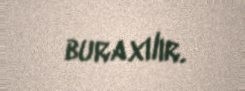
buraxılır.